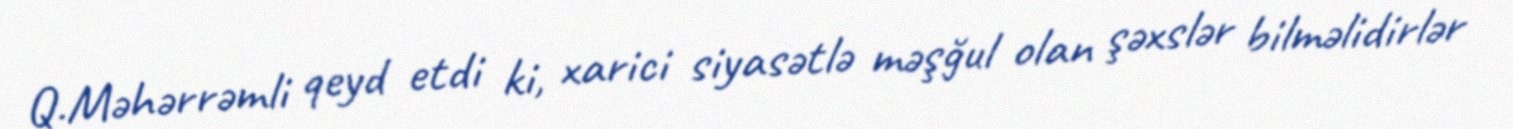
Q.Məhərrəmli qeyd etdi ki, xarici siyasətlə məşğul olan şəxslər bilməlidirlər